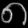
Digit: ၈